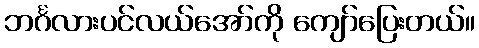
ဘင်္ဂလားပင်လယ်အော်ကို ကျော်ပြေးတယ်။